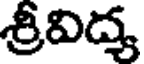
శ్రీవిద్య